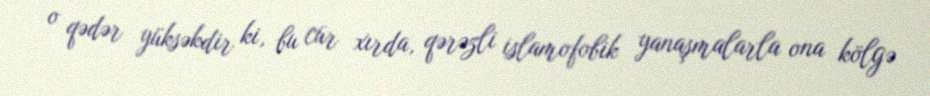
o qədər yüksəkdir ki, bu cür xırda, qərəzli islamofobik yanaşmalarla ona kölgə